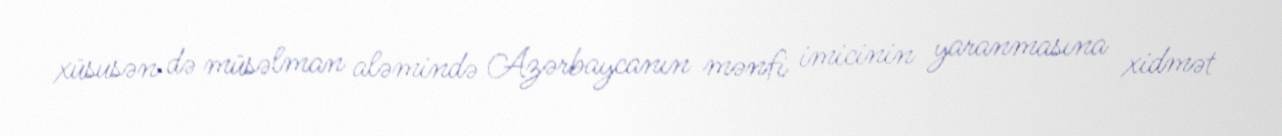
xüsusən də müsəlman aləmində Azərbaycanın mənfi imicinin yaranmasına xidmət